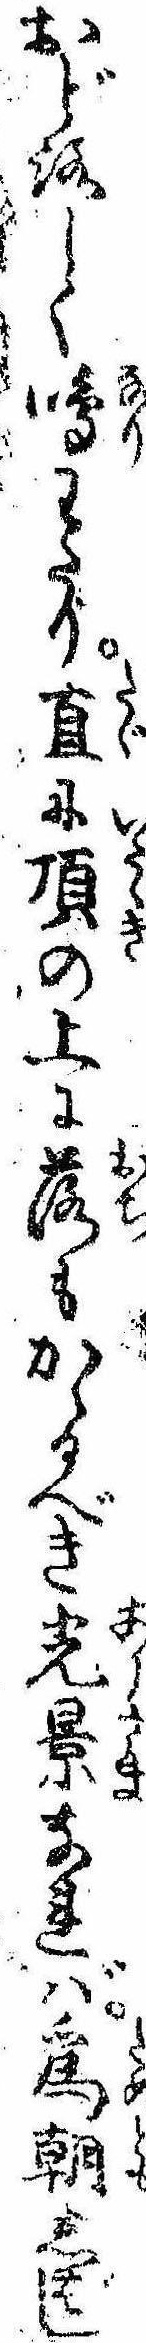
おどろしく鳴わたり直に頂の上に落もかゝるべき光景なれば為朝しばし